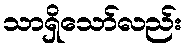
သာရှိသော်လည်း